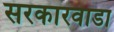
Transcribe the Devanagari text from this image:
सरकारवाडा